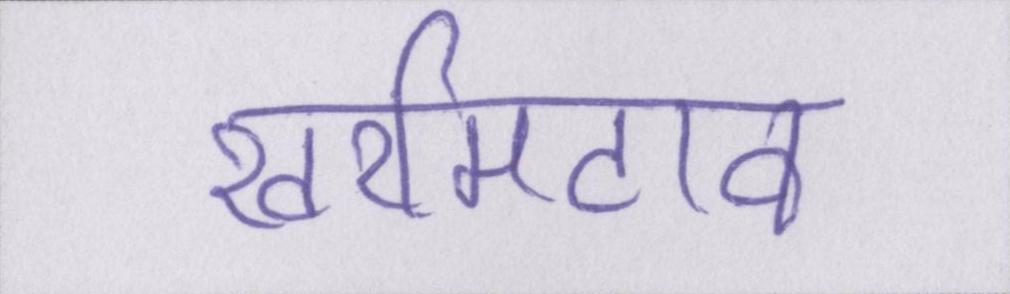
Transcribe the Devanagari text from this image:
खरमिटाव